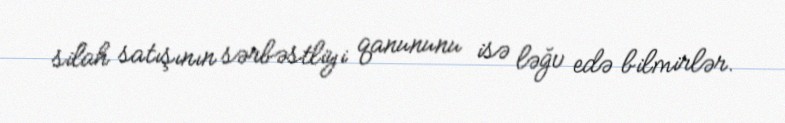
silah satışının sərbəstliyi qanununu isə ləğv edə bilmirlər.